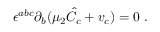
\epsilon ^ { a b c } \partial _ { b } ( \mu _ { 2 } { \hat { C } } _ { c } + v _ { c } ) = 0 \ .